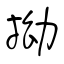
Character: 拗